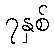
၇နှစ်